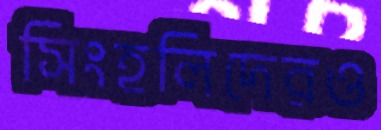
সিংহলিদেরও